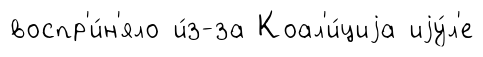
воспр'и́н'яло и́з-за Коал'и́циjа иjу́л'е